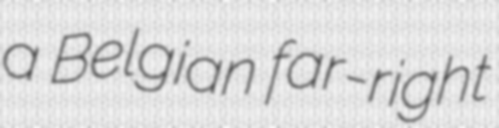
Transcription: a Belgian far-right